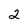
Character: 2